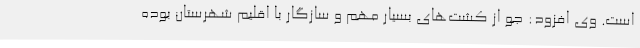
است. وی افزود: جو از کشت‌های بسیار مهم و سازگار با اقلیم شهرستان بوده